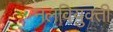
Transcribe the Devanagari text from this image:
नलवियुक्ती